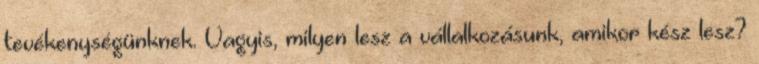
tevékenységünknek. Vagyis, milyen lesz a vállalkozásunk, amikor kész lesz?